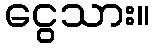
ငွေသား။